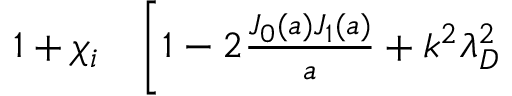
\begin{array} { r l } { 1 + \chi _ { i } } & { { } \bigg [ 1 - 2 \frac { J _ { 0 } ( a ) J _ { 1 } ( a ) } { a } + k ^ { 2 } \lambda _ { D } ^ { 2 } } \end{array}